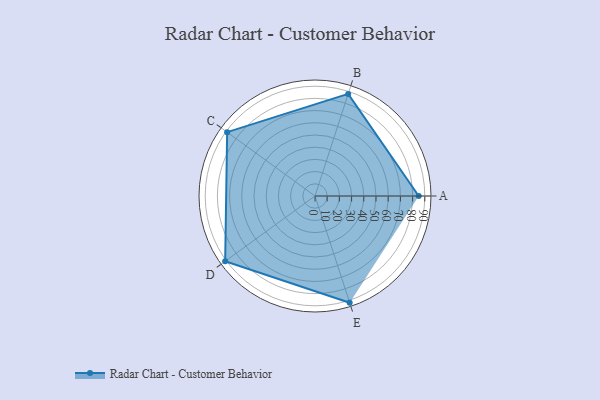
{"axis": {"x": "Skill", "y": "Score"}, "legend": ["Profile"], "data": [{"x": "A", "y": 85.0, "type": "Profile"}, {"x": "B", "y": 88.0, "type": "Profile"}, {"x": "C", "y": 89.0, "type": "Profile"}, {"x": "D", "y": 91.0, "type": "Profile"}, {"x": "E", "y": 92.0, "type": "Profile"}]}